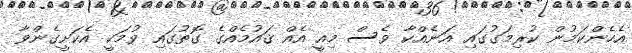
އެހެންކަމުން ކުރިމަގުގައި އަނެއްކާ ވެސް މިއީ އެއް ޤައުމެއްގެ ގޮތުގައި ވުމަކީ އެކަށީގެންވާ